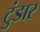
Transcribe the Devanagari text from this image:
टुंडार